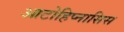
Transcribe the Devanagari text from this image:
आटोहिप्नासिस